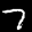
Label: 7